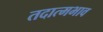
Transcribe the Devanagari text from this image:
तदात्मभाव